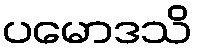
ပမောဒသိ